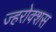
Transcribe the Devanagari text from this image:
ज्हरोक्शस